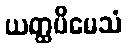
ယတ္ထပိမေသံ